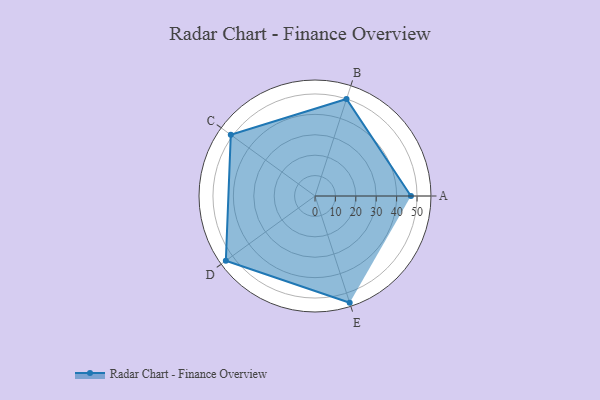
{"axis": {"x": "Skill", "y": "Score"}, "legend": ["Profile"], "data": [{"x": "A", "y": 47.0, "type": "Profile"}, {"x": "B", "y": 50.0, "type": "Profile"}, {"x": "C", "y": 51.0, "type": "Profile"}, {"x": "D", "y": 54.0, "type": "Profile"}, {"x": "E", "y": 55.0, "type": "Profile"}]}